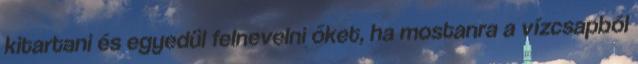
kitartani és egyedül felnevelni őket, ha mostanra a vízcsapból